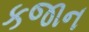
કજાન